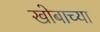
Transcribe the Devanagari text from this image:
खोबाच्या